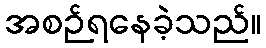
အစဉ်ရနေခဲ့သည်။